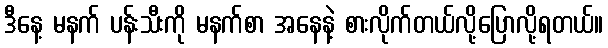
ဒီနေ့ မနက် ပန်းသီးကို မနက်စာ အနေနဲ့ စားလိုက်တယ်လို့ပြောလို့ရတယ်။